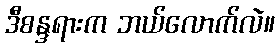
ဒီစန္ဒရားက ဘယ်လောက်လဲ။